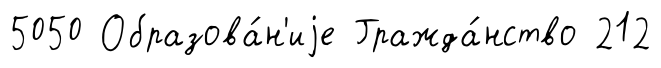
5050 Образова́н'иjе Гражда́нство 212